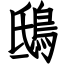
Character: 鴟